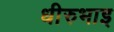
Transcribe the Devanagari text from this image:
धीरुभाइ